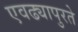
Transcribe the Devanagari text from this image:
एवढ्यापुरते